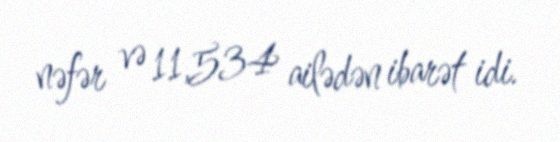
nəfər və 11,534 ailədən ibarət idi.